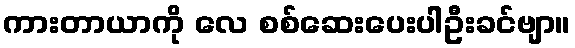
ကားတာယာကို လေ စစ်ဆေးပေးပါဦးခင်ဗျာ။